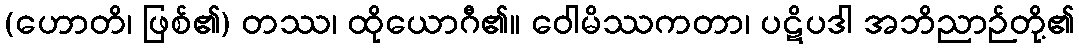
(ဟောတိ၊ ဖြစ်၏) တဿ၊ ထိုယောဂီ၏။ ဝေါမိဿကတာ၊ ပဋိပဒါ အဘိညာဉ်တို့၏